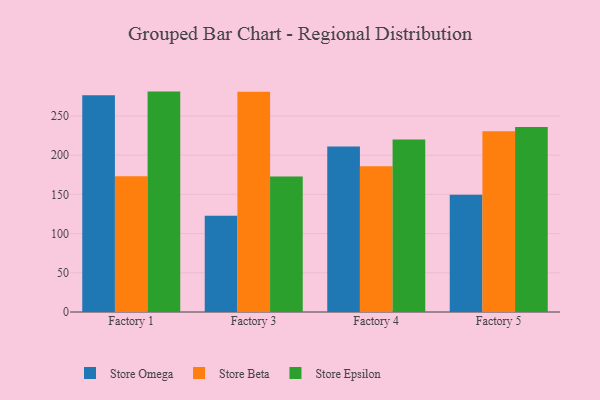
{"axis": {"x": "Factory", "y": "Revenue (USD Million)"}, "legend": ["Store Beta", "Store Epsilon", "Store Omega"], "data": [{"x": "Factory 1", "y": 276.3, "type": "Store Omega"}, {"x": "Factory 1", "y": 173.2, "type": "Store Beta"}, {"x": "Factory 1", "y": 281.1, "type": "Store Epsilon"}, {"x": "Factory 3", "y": 122.8, "type": "Store Omega"}, {"x": "Factory 3", "y": 281.0, "type": "Store Beta"}, {"x": "Factory 3", "y": 172.7, "type": "Store Epsilon"}, {"x": "Factory 4", "y": 211.0, "type": "Store Omega"}, {"x": "Factory 4", "y": 185.8, "type": "Store Beta"}, {"x": "Factory 4", "y": 220.0, "type": "Store Epsilon"}, {"x": "Factory 5", "y": 149.6, "type": "Store Omega"}, {"x": "Factory 5", "y": 230.6, "type": "Store Beta"}, {"x": "Factory 5", "y": 236.1, "type": "Store Epsilon"}]}